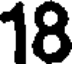
18